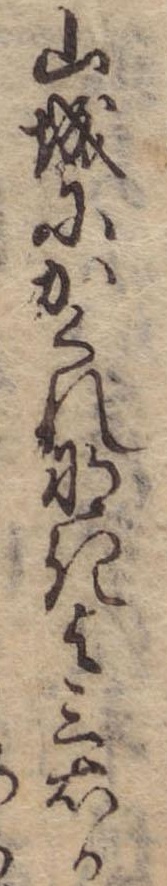
山城にかくれなき与三右か